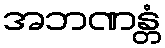
အဘဏန္တံ